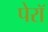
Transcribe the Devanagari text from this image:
पेरॉ